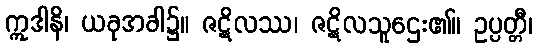
ဣဒါနိ၊ ယခုအခါ၌။ ဇဋိလဿ၊ ဇဋိလသူဌေး၏။ ဥပ္ပတ္တီ၊